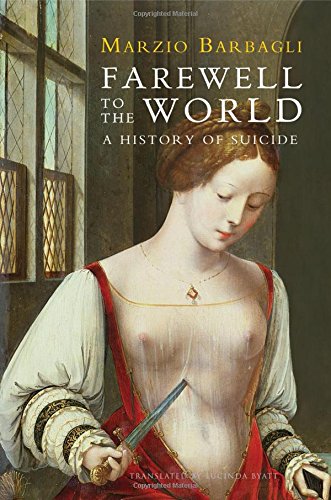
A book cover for Farewell to the World: A History of Suicide; Marzio Barbagli; Self-Help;